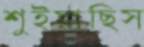
শুইয়াছিস